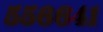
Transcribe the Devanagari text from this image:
५५६६४१